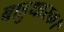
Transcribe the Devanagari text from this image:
बाहुधारक।